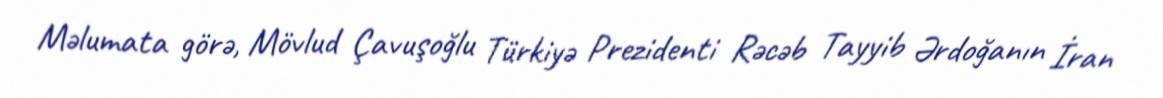
Məlumata görə, Mövlud Çavuşoğlu Türkiyə Prezidenti Rəcəb Tayyib Ərdoğanın İran